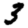
Digit: 3